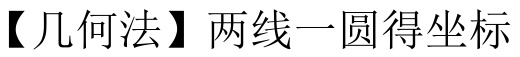
【几何法】两线一圆得坐标